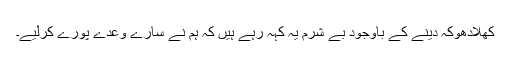
کھلادھوکہ دینے کے باوجود بے شرم یہ کہہ رہے ہیں کہ ہم نے سارے وعدے پورے کرلیے۔